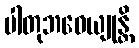
ပါတုဘဝေယျုန္တိ